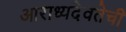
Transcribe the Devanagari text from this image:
आराध्यदेवतेची